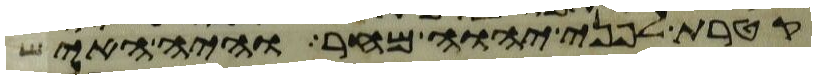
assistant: קטרת לפני יהוה מחר והיה האיש